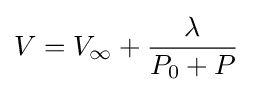
V=V_{\infty }+{\frac {\lambda }{P_{0}+P}}